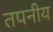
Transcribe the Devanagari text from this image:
तपनीय